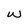
Character: w